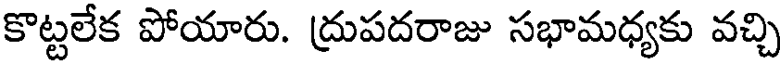
కొట్టలేక పోయారు. ద్రుపదరాజు సభామధ్యకు వచ్చి